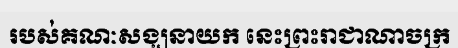
របស់គណៈសង្ឃនាយក នេះព្រះរាជាណាចក្រ